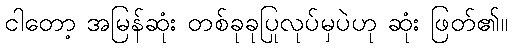
ငါတော့ အမြန်ဆုံး တစ်ခုခုပြုလုပ်မှပဲဟု ဆုံး ဖြတ်၏။